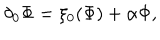
\delta _ { 0 } \Phi = \xi _ { 0 } ( \Phi ) + \alpha \Phi ,